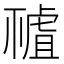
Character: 𧇘